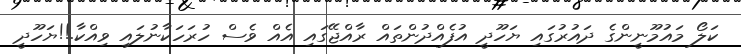
ކަލޯ މައުމޫނީންގެ ދައުރުގައި ޔަހޫދީ އުފެއްދުންތައް ރާއްޖޭގައި އެއް ވެސް ހުރަހަކާނުލައި ވިއްކާ.!!ޔަހޫދީ